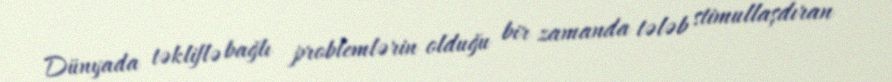
Dünyada təkliflə bağlı problemlərin olduğu bir zamanda tələb stimullaşdıran